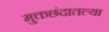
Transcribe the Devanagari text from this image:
मुक्तछंदातल्या